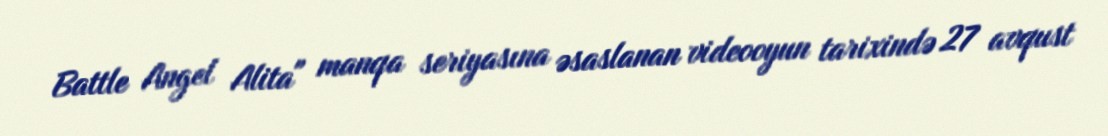
Battle Angel Alita" manqa seriyasına əsaslanan videooyun tarixində 27 avqust